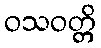
ဝသဝတ္တိ